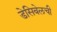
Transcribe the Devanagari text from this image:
डेसिबेलची